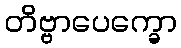
တိဗ္ဗာပေက္ခော